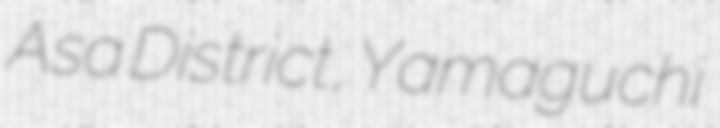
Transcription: Asa District, Yamaguchi